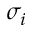
\sigma _ { i }